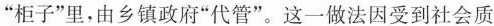
”柜子”里，由乡镇政府”代管”。这一做法因受到社会质